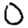
Digit: 0